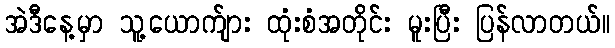
အဲဒီနေ့မှာ သူ့ယောက်ျား ထုံးစံအတိုင်း မူးပြီး ပြန်လာတယ်။